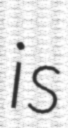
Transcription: is